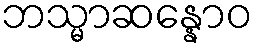
ဘသ္မာဆန္နောဝ